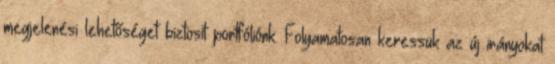
megjelenési lehetőséget biztosít portfóliónk. Folyamatosan keressük az új irányokat